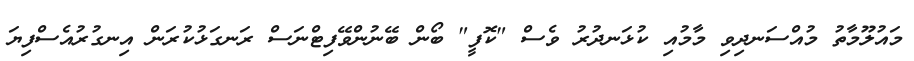
މައުލޫމާތު މުއްސަނދިވި މާމުއި ކުޅަނދުރު ވެސް "ކޮފީ" ބޯން ބޭނުންވޭފިޓްނަސް ރަނގަޅުކުރަން އިނގުރުއެސްފިޔަ